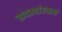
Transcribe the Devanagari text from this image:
सदस्यांप्रमाणे